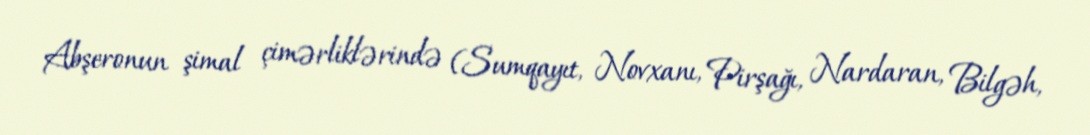
Abşeronun şimal çimərliklərində (Sumqayıt, Novxanı, Pirşağı, Nardaran, Bilgəh,